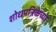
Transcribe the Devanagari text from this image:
शोधपत्रिकेच्या